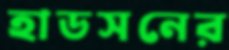
হাডসনের